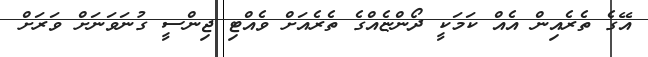
އޭގެ ތެރެއިން އެއް ކަމަކީ ދޯންޏެއްގެ ތެރެއަށް ވެއްޓި ޖިންސީ ގުނަވަނަށް ވަރަށް